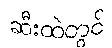
ဆီးထဲတွင်